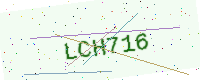
Text: LCH716